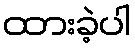
ထားခဲ့ပါ